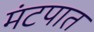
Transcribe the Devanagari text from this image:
मंटपात